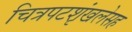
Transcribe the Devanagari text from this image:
चित्रपटशृंखलेसह